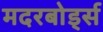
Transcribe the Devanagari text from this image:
मदरबोर्ड्स